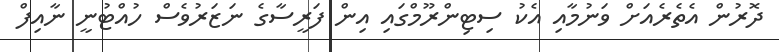
ދޮރުން އެތެރެއަށް ވަނުމާއި އެކު ސިޓިންރޫމްގައި އިން ފަރީސާގެ ނަޒަރުވެސް ހުއްޓުނީ ނާއިފް